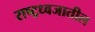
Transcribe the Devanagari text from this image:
राष्ट्रध्वजातील